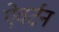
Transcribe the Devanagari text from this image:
ऐवर्टन